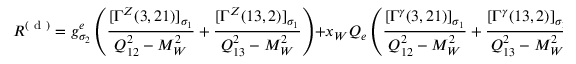
{ \cal R } ^ { ( \mathrm { ~ d ~ } ) } = g _ { \sigma _ { 2 } } ^ { e } \left( \frac { [ \Gamma ^ { Z } ( 3 , 2 1 ) ] _ { \sigma _ { 1 } } } { Q _ { 1 2 } ^ { 2 } - M _ { W } ^ { 2 } } + \frac { [ \Gamma ^ { Z } ( 1 3 , 2 ) ] _ { \sigma _ { 1 } } } { Q _ { 1 3 } ^ { 2 } - M _ { W } ^ { 2 } } \right) + x _ { W } Q _ { e } \left( \frac { [ \Gamma ^ { \gamma } ( 3 , 2 1 ) ] _ { \sigma _ { 1 } } } { Q _ { 1 2 } ^ { 2 } - M _ { W } ^ { 2 } } + \frac { [ \Gamma ^ { \gamma } ( 1 3 , 2 ) ] _ { \sigma _ { 1 } } } { Q _ { 1 3 } ^ { 2 } - M _ { W } ^ { 2 } } \right) \; .